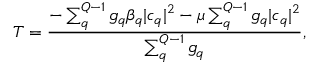
T = \frac { - \sum _ { q } ^ { Q - 1 } g _ { q } \beta _ { q } | c _ { q } | ^ { 2 } - \mu \sum _ { q } ^ { Q - 1 } g _ { q } | c _ { q } | ^ { 2 } } { \sum _ { q } ^ { Q - 1 } g _ { q } } ,